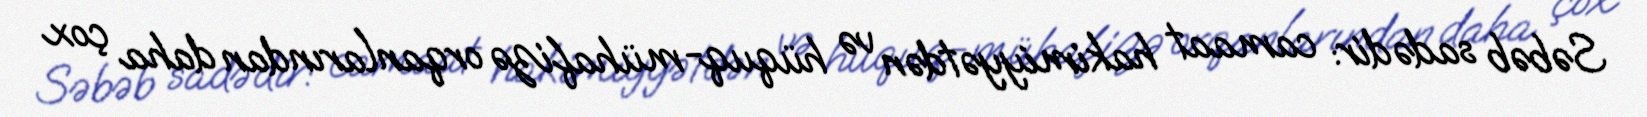
Səbəb sadədir: camaat hakimiyyətdən və hüquq-mühafizə orqanlarından daha çox